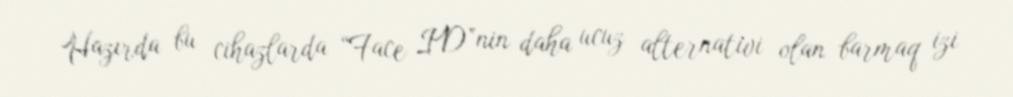
Hazırda bu cihazlarda “Face ID”nin daha ucuz alternativi olan barmaq izi